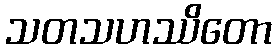
သတသဟဿိတော